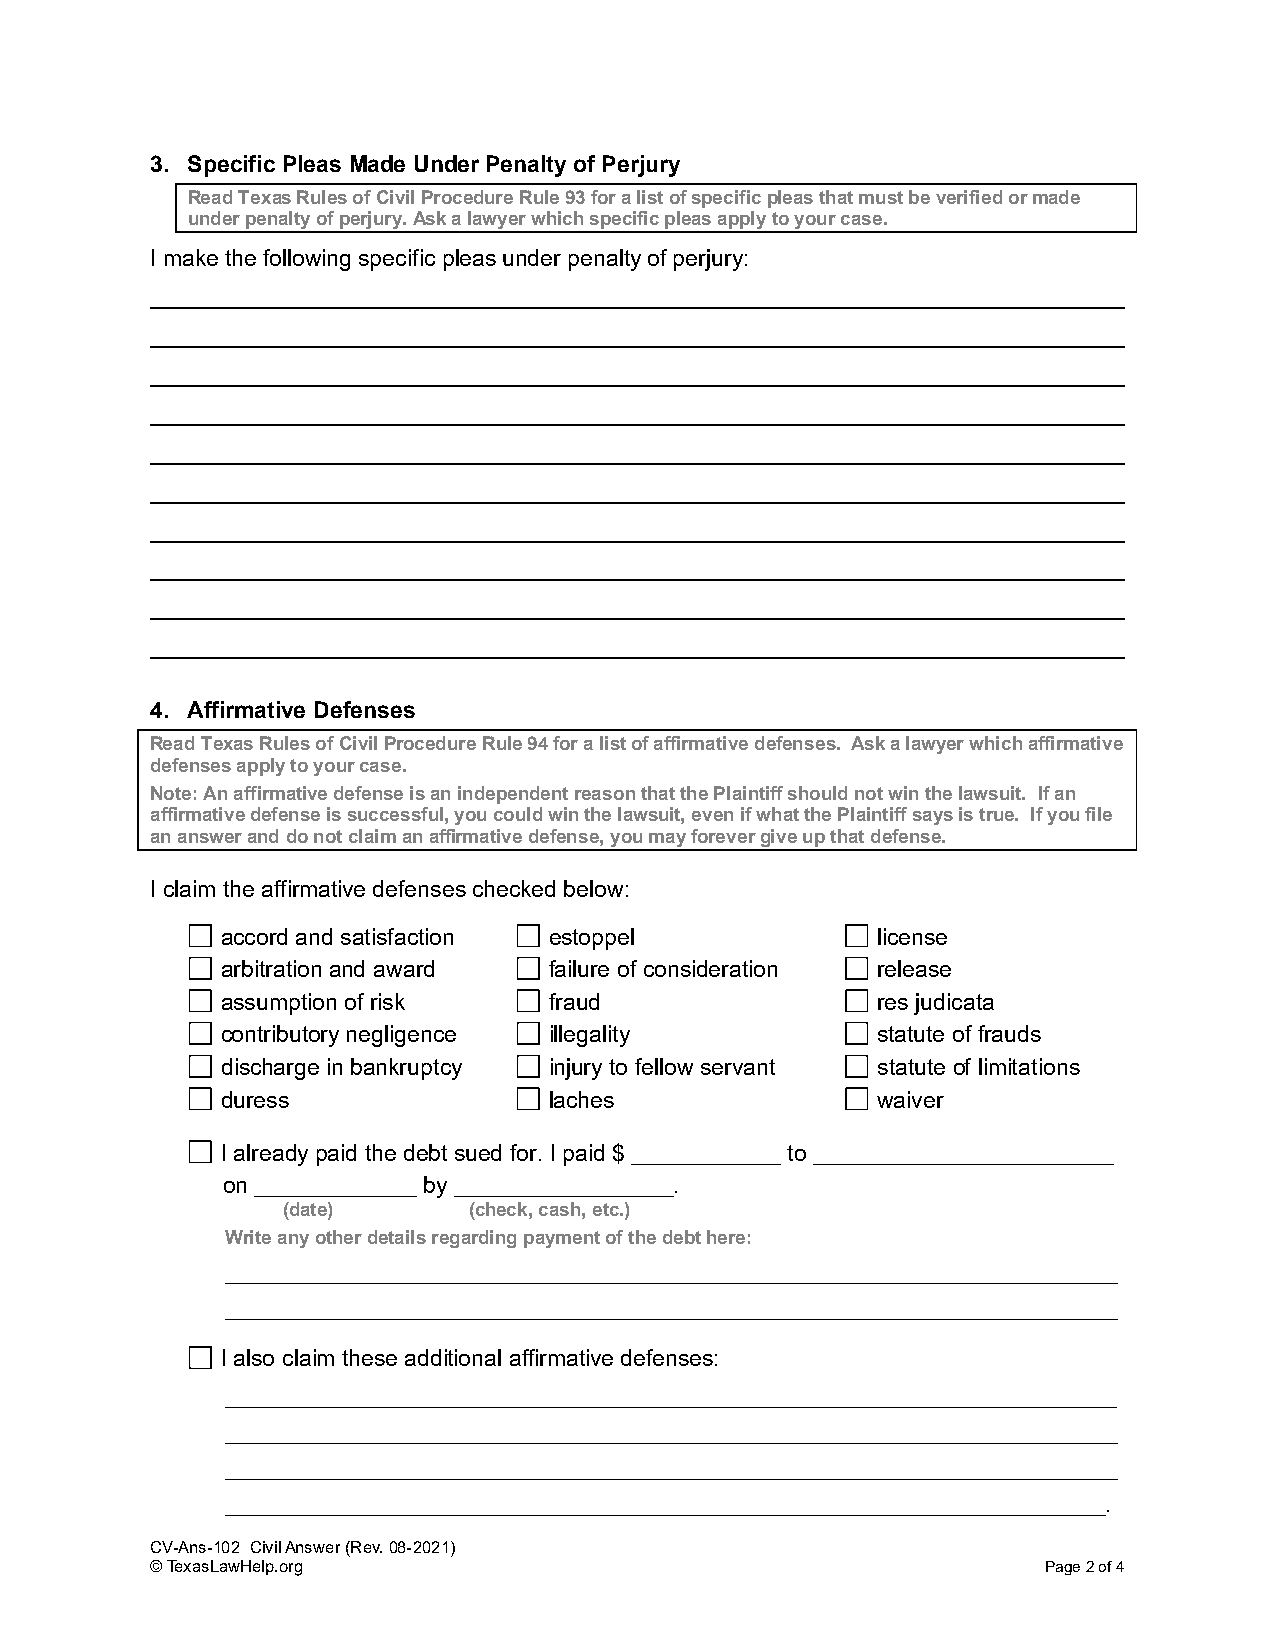
3. Specific Pleas Made Under Penalty of Perjury
 Read Texas Rules of Civil Procedure Rule 93 for a list of specific pleas that must be verified or made
 under penalty of perjury. Ask a lawyer which specific pleas apply to your case.
 I make the following specific pleas under penalty of perjury:
 4. Affirmative Defenses
 Read Texas Rules of Civil Procedure Rule 94 for a list of affirmative defenses. Ask a lawyer which affirmative
 defenses apply to your case.
 Note: An affirmative defense is an independent reason that the Plaintiff should not win the lawsuit. If an
 affirmative defense is successful, you could win the lawsuit, even if what the Plaintiff says is true. If you file
 an answer and do not claim an affirmative defense, you may forever give up that defense.
 I claim the affirmative defenses checked below:
 accord and satisfaction estoppel           license
 arbitration and award failure of consideration release
 assumption of risk   fraud                 res judicata
 contributory negligence illegality         statute of frauds
 discharge in bankruptcy injury to fellow servant statute of limitations
 duress               laches                waiver
 I already paid the debt sued for. I paid $ _____________ to __________________________
 on ______________ by ___________________.
 (date)      (check, cash, etc.)
 Write any other details regarding payment of the debt here:
 _____________________________________________________________________________
 _____________________________________________________________________________
 I also claim these additional affirmative defenses:
 _____________________________________________________________________________
 _____________________________________________________________________________
 _____________________________________________________________________________
 ____________________________________________________________________________.
 CV-Ans-102 Civil Answer (Rev. 08-2021)
 © TexasLawHelp.org                                         Page 2 of 4